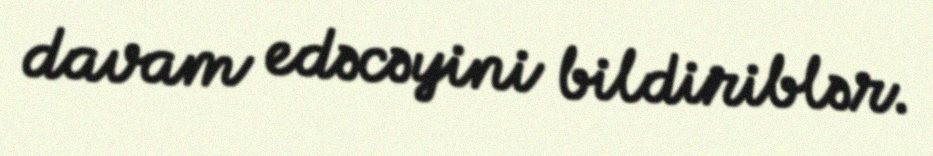
davam edəcəyini bildiriblər.